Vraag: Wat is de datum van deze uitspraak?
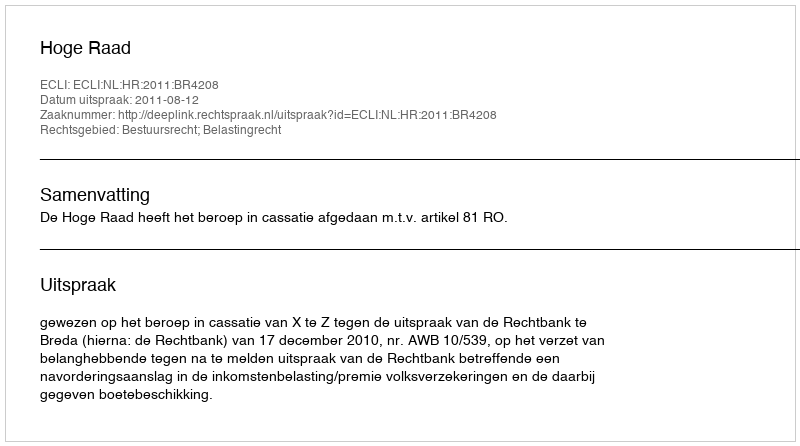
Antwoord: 2011-08-12